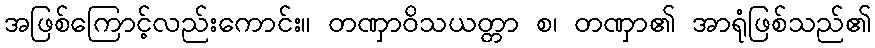
အဖြစ်ကြောင့်လည်းကောင်း။ တဏှာဝိသယတ္တာ စ၊ တဏှာ၏ အာရုံဖြစ်သည်၏